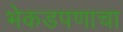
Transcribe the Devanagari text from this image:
भेकडपणाचा